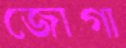
জোগা